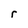
Character: r